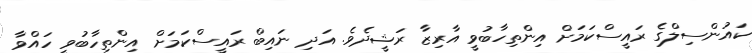
ކައުންސިލްގެ ރައީސްކަމަށް އިންތިހާބުވީ އާރިޒާ ރަޝީދެވެ. އަދި ނައިބް ރައީސްކަމަށް އިންތިހާބުވީ ހައްވާ